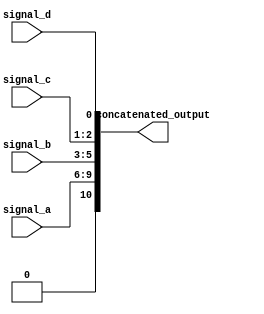
module concatenation_example (
    input wire [3:0] signal_a,   // 4-bit input signal
    input wire [2:0] signal_b,   // 3-bit input signal
    input wire [1:0] signal_c,   // 2-bit input signal
    input wire signal_d,          // 1-bit input signal
    output wire [10:0] concatenated_output // 11-bit output signal
);

// Continuous assignment using concatenation operator
assign concatenated_output = {signal_a, signal_b, signal_c, signal_d};

endmodule